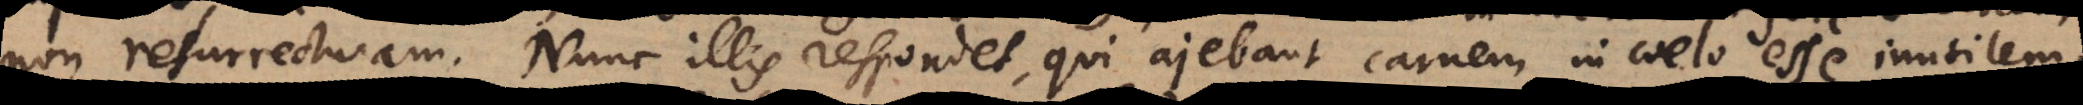
non resurrecturam. Nunc illis respondet, qui ajebant carnem in coelo esse inutilem,